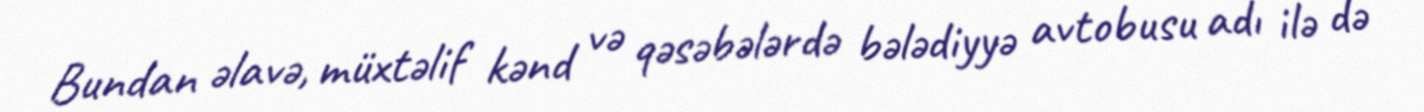
Bundan əlavə, müxtəlif kənd və qəsəbələrdə bələdiyyə avtobusu adı ilə də